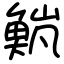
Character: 𫙹